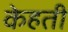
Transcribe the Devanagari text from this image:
केहती